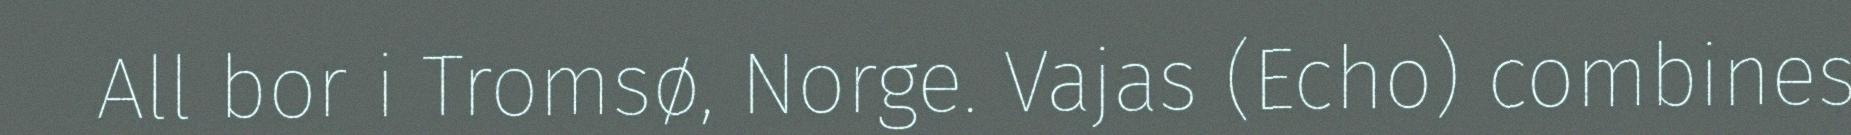
All bor i Tromsø, Norge. Vajas (Echo) combines